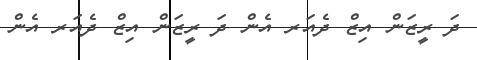
ދަ ރީޒަން އިޒް ދެއަރ އެން ދަ ރީޒަން އިޒް ދެއަރ އެން